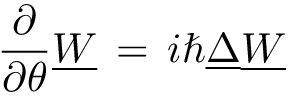
{ \frac { \partial } { \partial \theta } } \underline { { W } } \, = \, i \hbar \underline { { \Delta } } \underline { { W } }